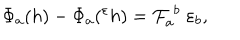
LaTeX: \Phi _ { a } ( h ) - \Phi _ { a } ( { } ^ { \varepsilon } h ) = { \cal F } _ { a } ^ { \; b } \; \varepsilon _ { b } ,